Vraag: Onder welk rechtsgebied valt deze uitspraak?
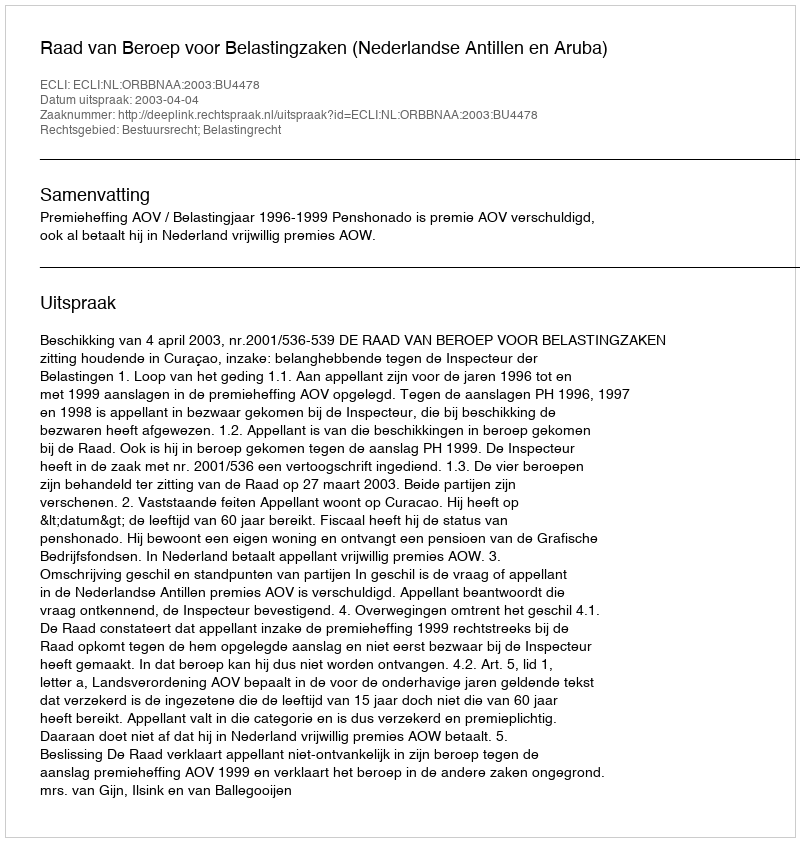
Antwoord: Bestuursrecht; Belastingrecht